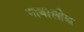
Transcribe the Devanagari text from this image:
नाबालीक